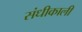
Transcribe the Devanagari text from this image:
संधीकाली